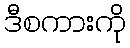
ဒီစကားကို